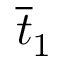
\overline { { t } } _ { 1 }